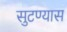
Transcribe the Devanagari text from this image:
सुटण्यास